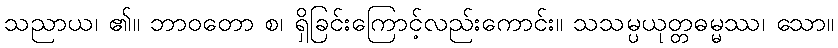
သညာယ၊ ၏။ ဘာဝတော စ၊ ရှိခြင်းကြောင့်လည်းကောင်း။ သသမ္ပယုတ္တဓမ္မဿ၊ သော။